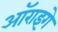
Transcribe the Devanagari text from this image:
ऑराइगे